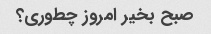
صبح بخیر امروز چطوری؟